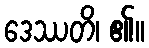
ဒေဿတိ၊ ၏။